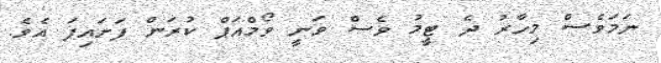
ނަމަވެސް މިހާރު ދެ ޓީމު ވެސް ވަނީ ވޯމްއަޕް ކުރަން ފަށައިފަ އެވެ.